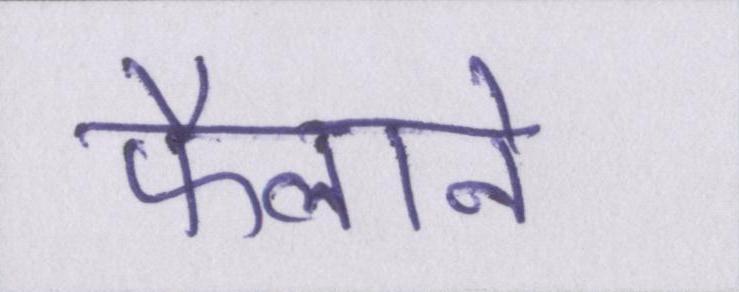
फैलाने